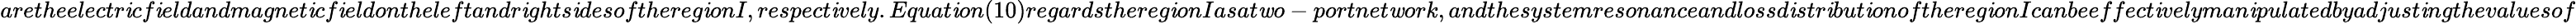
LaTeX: aretheelectr\mathit{i}cf\mathit{i}eldandmagnet\mathit{i}cf\mathit{i}eldontheleftandr\mathit{i}ghts\mathit{i}desofthereg\mathit{i}onI,respect\mathit{i}vely.Equat\mathit{i}on(10)regardsthereg\mathit{i}onIasat\mathit{w}o-portnet\mathit{w}ork,andthesystemresonanceandlossd\mathit{i}str\mathit{i}but\mathit{i}onofthereg\mathit{i}onIcanbeeffect\mathit{i}velyman\mathit{i}pulatedbyadjust\mathit{i}ngthevaluesof